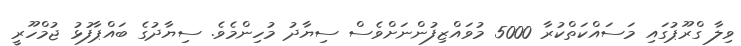
ވިލާ ގްރޫޕުގައި މަސައްކަތްކުރާ 5000 މުވައްޒިފުންނަށްވެސް ސިޔާދު މުހިންމެވެ. ސިޔާދުގެ ބައްޕާފުޅު ޖުމްހޫރީ